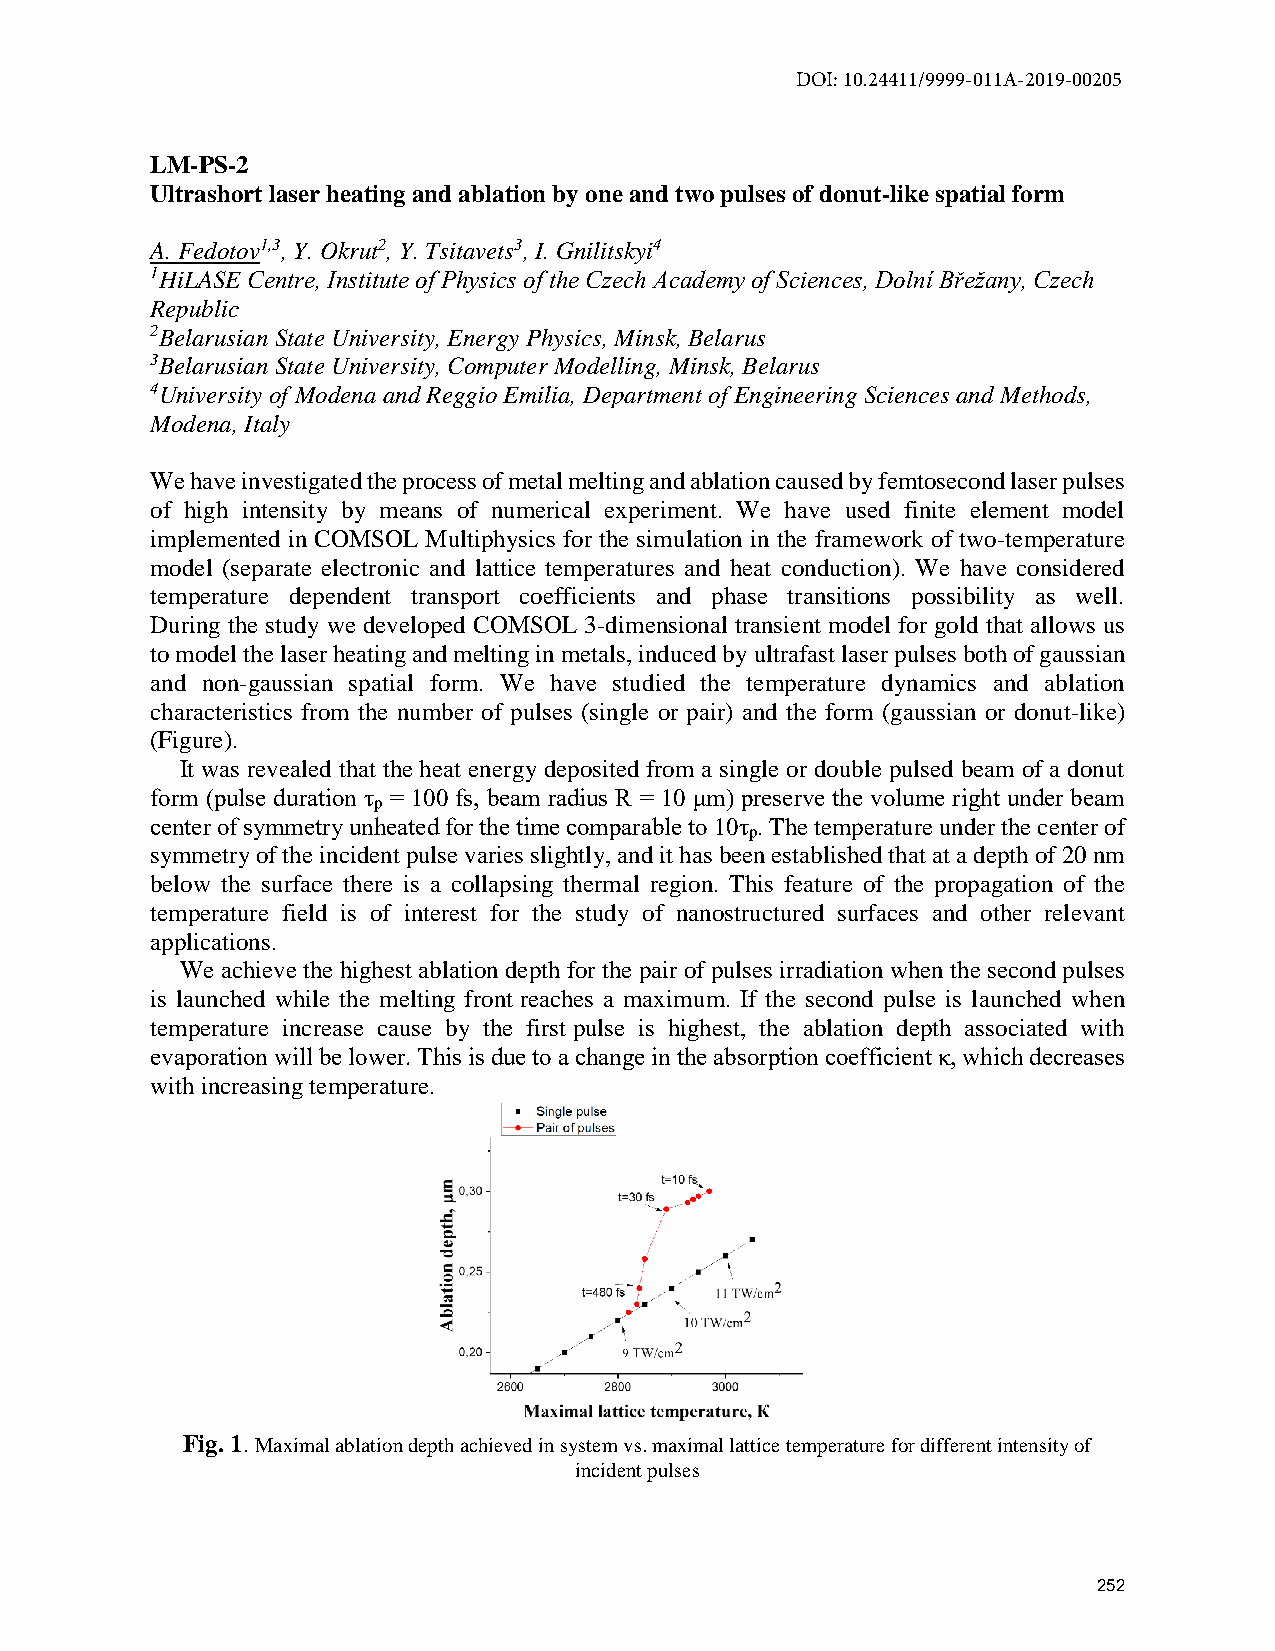
DOI: 10.24411/9999-011A-2019-00205
 LM-PS-2
 Ultrashort laser heating and ablation by one and two pulses of donut-like spatial form
 A. Fedotov1,3, Y. Okrut2, Y. Tsitavets3, I. Gnilitskyi4
 1HiLASE Centre, Institute of Physics of the Czech Academy of Sciences, Dolní Břežany, Czech
 Republic
 2Belarusian State University, Energy Physics, Minsk, Belarus
 3Belarusian State University, Computer Modelling, Minsk, Belarus
 4University of Modena and Reggio Emilia, Department of Engineering Sciences and Methods,
 Modena, Italy
 We have investigated the process of metal melting and ablation caused by femtosecond laser pulses
 of high intensity by means of numerical experiment. We have used finite element model
 implemented in COMSOL Multiphysics for the simulation in the framework of two-temperature
 model (separate electronic and lattice temperatures and heat conduction). We have considered
 temperature dependent transport coefficients and phase transitions possibility as well.
 During the study we developed COMSOL 3-dimensional transient model for gold that allows us
 to model the laser heating and melting in metals, induced by ultrafast laser pulses both of gaussian
 and non-gaussian spatial form. We have studied the temperature dynamics and ablation
 characteristics from the number of pulses (single or pair) and the form (gaussian or donut-like)
 (Figure).
 It was revealed that the heat energy deposited from a single or double pulsed beam of a donut
 form (pulse duration τ = 100 fs, beam radius R = 10 μm) preserve the volume right under beam
 p
 center of symmetry unheated for the time comparable to 10τ . The temperature under the center of
 p
 symmetry of the incident pulse varies slightly, and it has been established that at a depth of 20 nm
 below the surface there is a collapsing thermal region. This feature of the propagation of the
 temperature field is of interest for the study of nanostructured surfaces and other relevant
 applications.
 We achieve the highest ablation depth for the pair of pulses irradiation when the second pulses
 is launched while the melting front reaches a maximum. If the second pulse is launched when
 temperature increase cause by the first pulse is highest, the ablation depth associated with
 evaporation will be lower. This is due to a change in the absorption coefficient κ, which decreases
 with increasing temperature.
 Fig. 1. Maximal ablation depth achieved in system vs. maximal lattice temperature for different intensity of
 incident pulses
 252